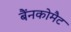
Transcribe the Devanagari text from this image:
बैंनकोमैट